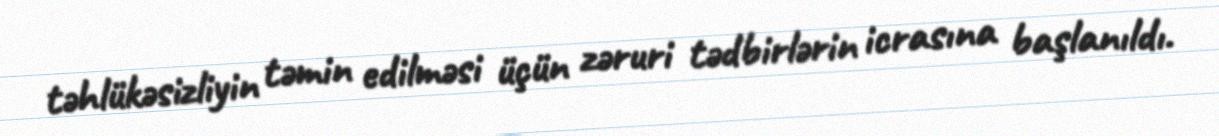
təhlükəsizliyin təmin edilməsi üçün zəruri tədbirlərin icrasına başlanıldı.